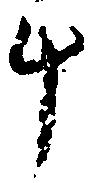
斗